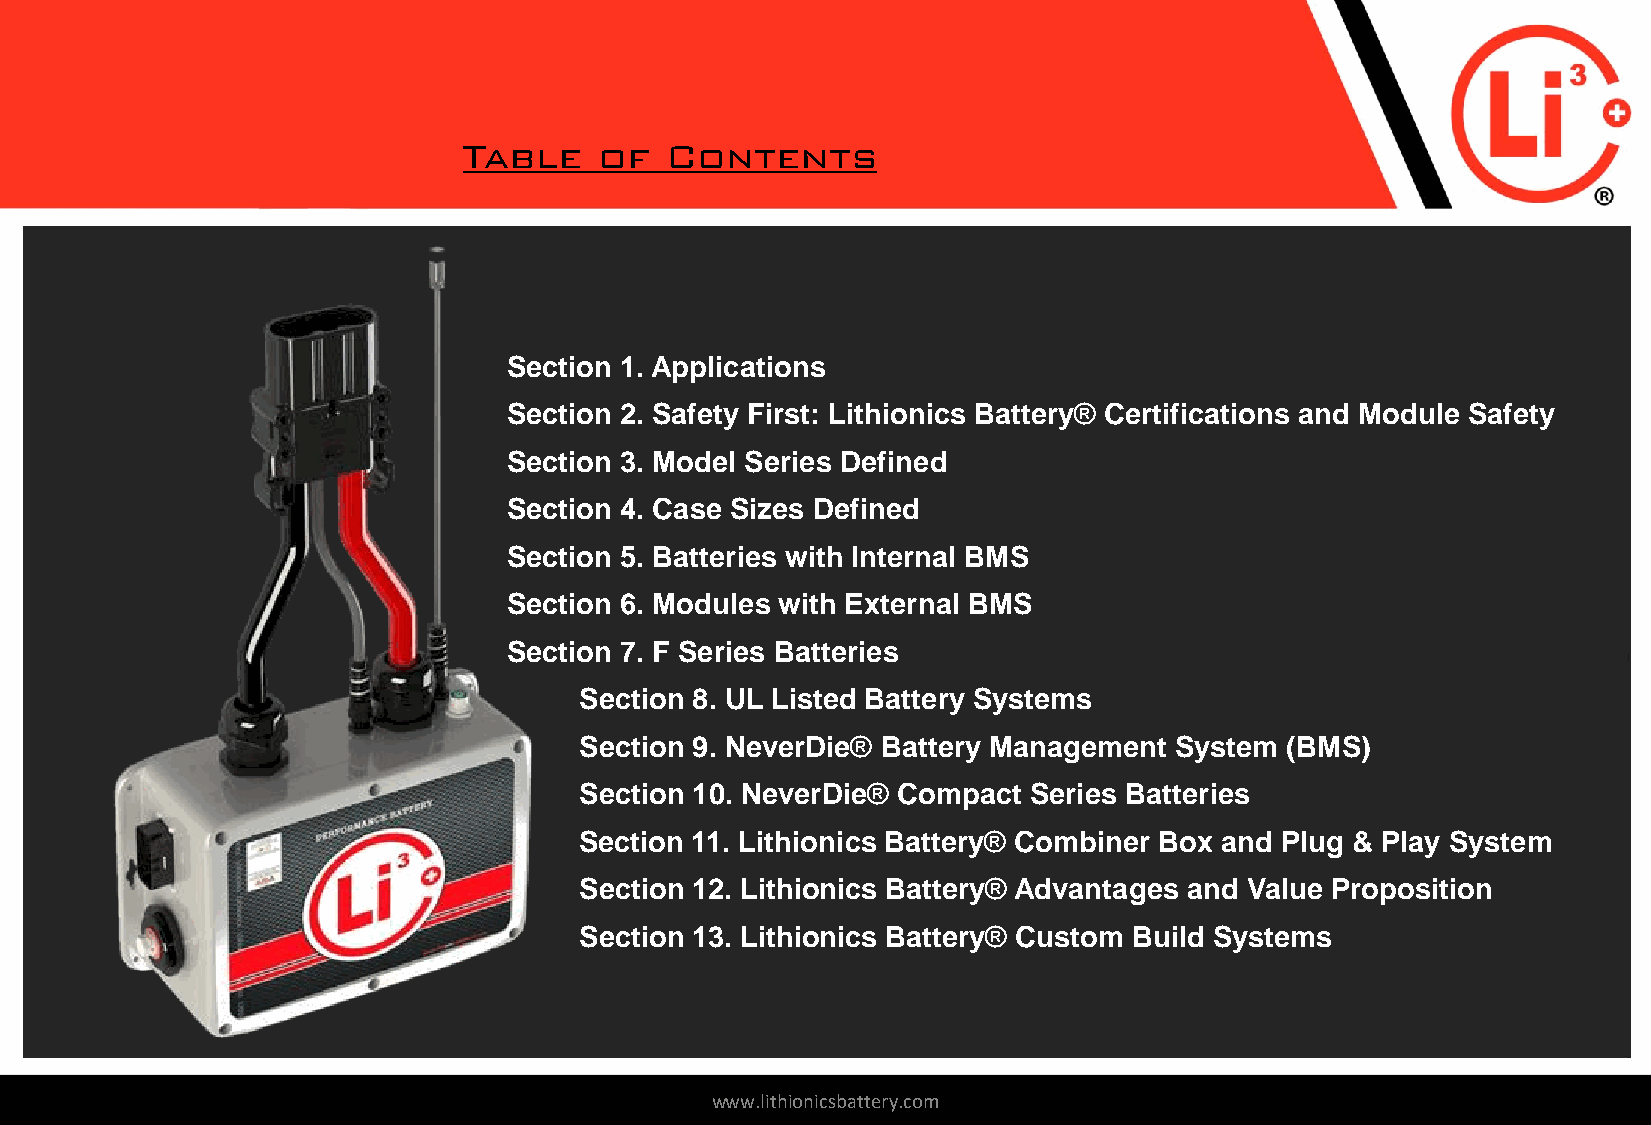
Section 1. Applications
 Section 2. Safety First: Lithionics Battery® Certifications and Module Safety
 Section 3. Model Series Defined
 Section 4. Case Sizes Defined
 Section 5. Batteries with Internal BMS
 Section 6. Modules with External BMS
 Section 7. F Series Batteries
 Section 8. UL Listed Battery Systems
 Section 9. NeverDie® Battery Management System (BMS)
 Section 10. NeverDie® Compact Series Batteries
 Section 11. Lithionics Battery® Combiner Box and Plug & Play System
 Section 12. Lithionics Battery® Advantages and Value Proposition
 Section 13. Lithionics Battery® Custom Build Systems
 www.lithionicsbattery.com